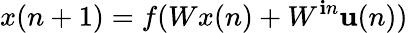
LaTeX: x(n+1)=f(Wx(n)+W^{\mathbf{i}n}\mathbf{u}(n))